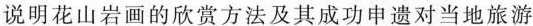
说明花山岩画的欣赏方法及其成功申遗对当地旅游